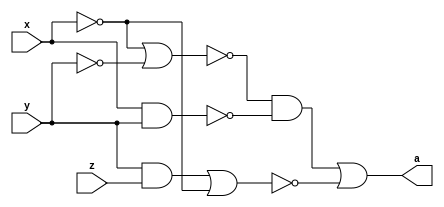
// ------------------------- 
// Guia06Q5 - Simplificacao
// Nome: Larissa Domingues Gomes 
// ------------------------- 

module A (output a, input x,y,z);

	assign a = (~(~x|~y) & ~(x&y)) | ~((y&z)|~x); 
  

endmodule



module AS (output as, input x, y, z);

	assign as = (x&~y)|(x&~z);

endmodule


module ValoresIniciais;

reg x, y, z, w;
wire a, as;

	A letraA (a, x, y, z);
	AS letraAS (as, x, y, z);


initial
begin : start

	x = 1'bx;
	y = 1'bx;
	z = 1'bx;
	w = 1'bx;

end

initial
begin : main

	$display("Exemplo - Larissa Gomes - 65052");
	$display("Expressoes booleanas");
	
	#1 x = 0; y = 0; z = 0;
	$display(" x  y  z =  a  as");
    $monitor("%2b %2b %2b = %2b %2b", x, y, z, a, as);
		
	#1 x = 0; y = 0; z = 1;
	#1 x = 0; y = 1; z = 0;
	#1 x = 0; y = 1; z = 1;
	#1 x = 1; y = 0; z = 0;
	#1 x = 1; y = 0; z = 1;
	#1 x = 1; y = 1; z = 0;
	#1 x = 1; y = 1; z = 1;

end
endmodule